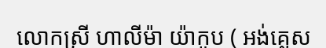
លោកស្រី ហាលីម៉ា យ៉ាកូប ( អង់គ្លេស